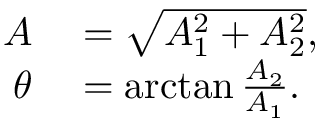
\begin{array} { r l } { A } & { { } = \sqrt { A _ { 1 } ^ { 2 } + A _ { 2 } ^ { 2 } } , } \\ { \theta } & { { } = \arctan \frac { A _ { 2 } } { A _ { 1 } } . } \end{array}